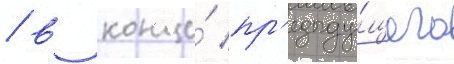
/ в конце́ пр'едыду́щего